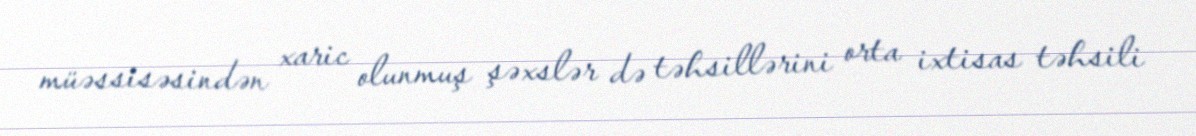
müəssisəsindən xaric olunmuş şəxslər də təhsillərini orta ixtisas təhsili